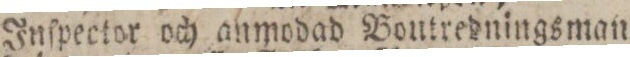
Inſpector och anmodad Boutredningsman.